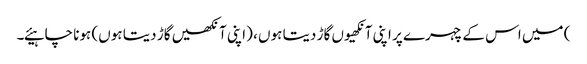
) میں اس کے چہرے پر اپنی آنکھیوں گاڑ دیتا ہوں ، (اپنی آنکھیں گاڑ دیتا ہوں) ہونا چاہیئے۔